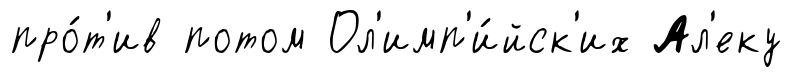
про́т'ив потом Ол'имп'и́йск'их Ал'еку